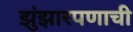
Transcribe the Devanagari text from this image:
झुंझारपणाची